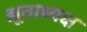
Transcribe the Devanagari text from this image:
द्यूताध्यक्ष